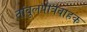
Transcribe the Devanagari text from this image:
तांबूलपात्रवाहक